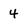
Character: 4